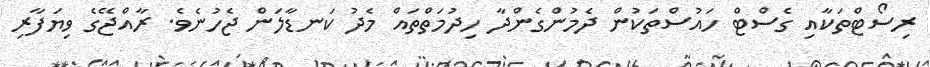
ރިސޯޓްތަކާއި ގެސްޓް ހައުސްތަކުން ދެމުންގެންދާ ހިދުމަތްތައް މެދު ކަނޑާލަން ޖެހުނެވެ. ރާއްޖޭގެ ވިޔަފާރި